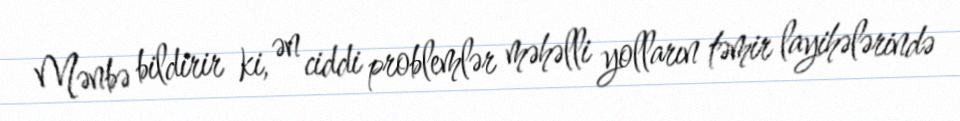
Mənbə bildirir ki, ən ciddi problemlər məhəlli yolların təmir layihələrində